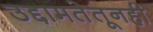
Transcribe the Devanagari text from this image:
उद्दामतेतूनही